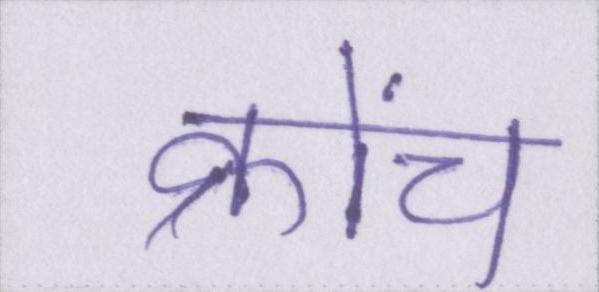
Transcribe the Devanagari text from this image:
क्रोंच